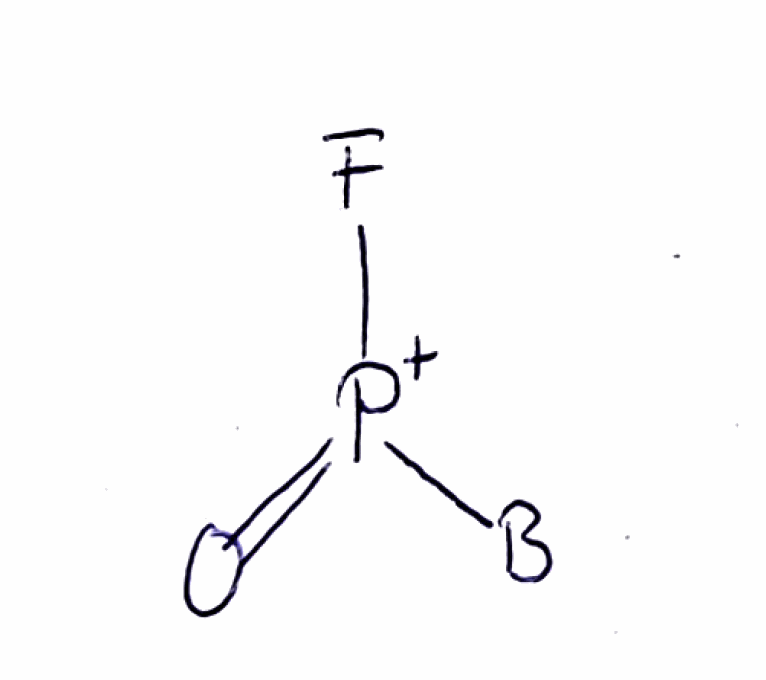
Simplified molecular-input line-entry system (SMILES) notation of the given molecule:
[B][P+](=O)F